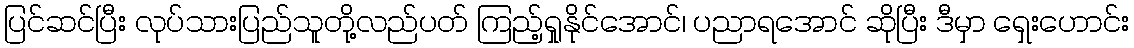
ပြင်ဆင်ပြီး လုပ်သားပြည်သူတို့လည်ပတ် ကြည့်ရှုနိုင်အောင်၊ ပညာရအောင် ဆိုပြီး ဒီမှာ ရှေးဟောင်း